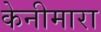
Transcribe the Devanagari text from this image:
केनीमारा